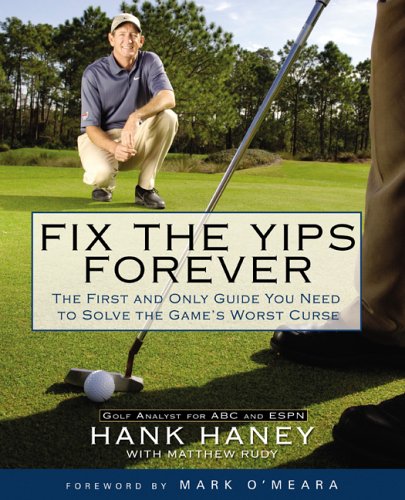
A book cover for Fix the Yips Forever: The First and Only Guide You Need to Solve the Game's WorstCurse; Hank Haney; Sports & Outdoors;